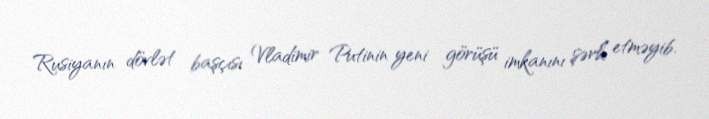
Rusiyanın dövlət başçısı Vladimir Putinin yeni görüşü imkanını şərh etməyib.